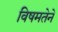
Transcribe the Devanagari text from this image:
विषमतेने